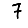
Digit: 7